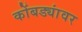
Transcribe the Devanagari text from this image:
कोंबड्यांवर